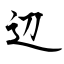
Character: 辺